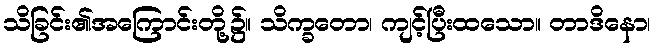
သိခြင်း၏အကြောင်းတို့၌။ သိက္ခတော၊ ကျင့်ပြီးထသော။ တာဒိနော၊